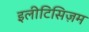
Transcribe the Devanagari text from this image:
इलीटिसिज़म